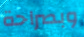
وبصراحة